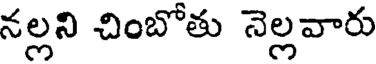
నల్లని చింబోతు నెల్లవారు